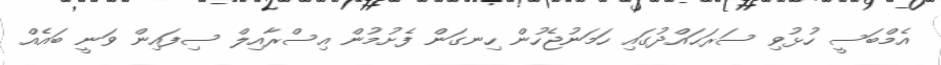
އެމްބަސީ ހުޅުވި ސަރަޙައްދުގައި ހަމަނުޖެހުން ހިނގަން ފެށުމުން އިސްރާއިލް ސިފައިން ވަނީ ބައެއް